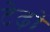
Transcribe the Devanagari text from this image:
टेढ़ों